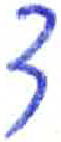
אות: ד